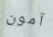
آمون